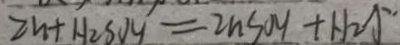
2 n + H _ { 2 } S O _ { 4 } = 2 n S O _ { 4 } + H _ { 2 } \uparrow